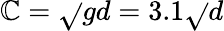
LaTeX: \mathbb{C}={\sqrt{}{{gd}}}=3.1{\sqrt{}{{d}}}